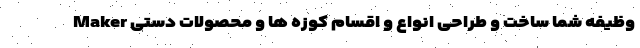
Maker وظیفه شما ساخت و طراحی انواع و اقسام کوزه ها و محصولات دستی